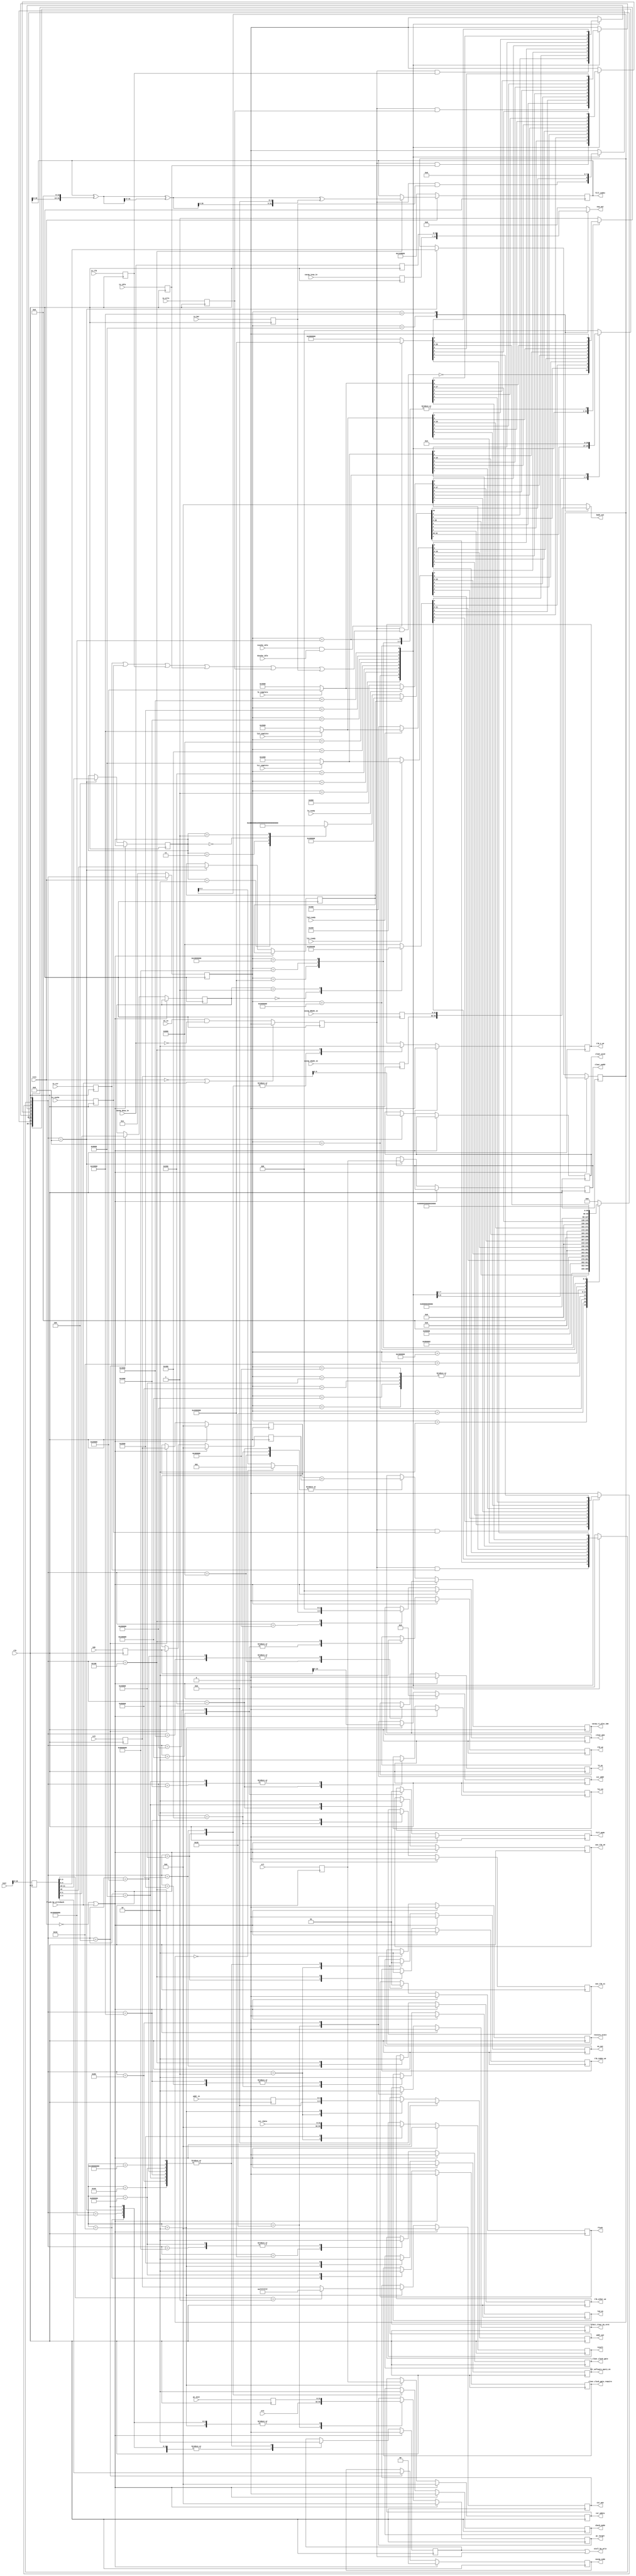
module exe_privliedged(
    input clk,
    input rstn,
    input flush_by_writeback,
    
    input en_in,
    input [31:0] pc_next,
    input is_csr,is_tlb,is_cache,is_idle,is_ertn,is_bar,
    input [31:0] inst,
    input [31:0] sr0,   //data from rj
    input [31:0] sr1,   //data from rk
    input [4:0] addr_in,
    input [31:0] imm,

    output reg en_out,
    output reg [31:0] pc_target,
    output reg flush,
    output stall_by_priv,
    output reg [31:0] result,
    output reg [4:0] addr_out,
    output reg [6:0] exp_out,
    output reg [31:0] badv_out,

    //CSR
    output reg csr_software_query_en,
    output reg [13:0] csr_addr,
    input [31:0] csr_rdata,//read first
    output reg [31:0] csr_wen,      //bit write enable
    output reg [31:0] csr_wdata,

    //ertn
    input [31:0] era,
    output reg restore_state,
    output reg llbit_clear_by_eret,

    //cache
    output reg [1:0] cacop_code,// code[4:3]
    output reg l1i_en,l1d_en,l2_en,
    input l1i_ready,l1d_ready,l2_ready,
    input l1i_complete,l1d_complete,l2_complete,
    output reg [31:0] cacop_rj_plus_imm,
    output reg use_tlb_s0,use_tlb_s1,
    input [6:0] cacop_dexp_in,
    input [6:0] cacop_iexp_in,
    input [31:0] cacop_dbadv_in,
    input [31:0] cacop_ibadv_in,

    //TLB
    output reg fill_mode,
    output reg check_mode,
    output reg tlb_we,
    output reg tlb_index_we,
    output reg tlb_e_we,
    output reg tlb_other_we,
    output reg [31:0] clear_vaddr,
    output reg [9:0] clear_asid,
    output reg [2:0] clear_mem,
    output reg [31:0] fill_index,

    //IDLE
    //进入
    output reg clear_clock_gate_require,//请求清除clock gate
    output reg clear_clock_gate,        //真正清除clock gate
    input icache_idle,dcache_idle
); 
    reg [31:0] fill_index_next;
    // Xorshift random number generator
    always @* begin
        fill_index_next = fill_index;
        fill_index_next = fill_index_next^(fill_index_next<<13);
        fill_index_next = fill_index_next^(fill_index_next>>17);
        fill_index_next = fill_index_next^(fill_index_next<<5);
    end
    localparam
        S_INIT      = 33'b000000000000000000000000000000001,
        S_CSR       = 33'b000000000000000000000000000000010,
        S_CACOP     = 33'b000000000000000000000000000000100,
        S_TLB       = 33'b000000000000000000000000000001000,
        S_IDLE      = 33'b000000000000000000000000000010000,
        S_ERTN      = 33'b000000000000000000000000000100000,
        S_DONE_CSR  = 33'b000000000000000000000000001000000,
        S_DONE_ERTN = 33'b000000000000000000000000010000000,
        S_DONE_TLB  = 33'b000000000000000000000000100000000,
        S_L1I_REQ   = 33'b000000000000000000000001000000000,
        S_L1D_REQ   = 33'b000000000000000000000010000000000,
        S_L2_REQ    = 33'b000000000000000000000100000000000,
        S_L1I_WAIT  = 33'b000000000000000000001000000000000,
        S_L1D_WAIT  = 33'b000000000000000000010000000000000,
        S_L2_WAIT   = 33'b000000000000000000100000000000000,
        S_DONE_L1I  = 33'b000000000000000001000000000000000,
        S_DONE_L1D  = 33'b000000000000000010000000000000000,
        S_DONE_L2   = 33'b000000000000000100000000000000000,
        S_TLB_SRCH  = 33'b000000000000001000000000000000000,
        S_TLB_RD    = 33'b000000000000010000000000000000000,
        S_TLB_WR    = 33'b000000000000100000000000000000000,
        S_TLB_FILL  = 33'b000000000001000000000000000000000,
        S_INVTLB    = 33'b000000000010000000000000000000000,
        S_DONE_IDLE = 33'b000000000100000000000000000000000,
        S_IDLE_WAIT1= 33'b000000001000000000000000000000000,
        S_IDLE_WAIT2= 33'b000000010000000000000000000000000,
        S_IDLE_PERF = 33'b000000100000000000000000000000000,
        S_IDLE_WAIT3= 33'b000001000000000000000000000000000,
        S_IDLE_WAIT4= 33'b000010000000000000000000000000000,
        S_BAR       = 33'b000100000000000000000000000000000,
        S_BAR_REQ  =  33'b001000000000000000000000000000000,
        S_BAR_WAIT =  33'b010000000000000000000000000000000,
        S_DONE_BAR  = 33'b100000000000000000000000000000000;
    reg [32:0] state,next_state;

    reg [6:0] cacop_dexp_buf,cacop_iexp_buf;
    reg [31:0] cacop_dbadv_buf,cacop_ibadv_buf;

    always @(posedge clk)
        cacop_dexp_buf <= cacop_dexp_in;
    always @(posedge clk)
        cacop_iexp_buf <= cacop_iexp_in;
    always @(posedge clk)
        cacop_dbadv_buf <= cacop_dbadv_in;
    always @(posedge clk)
        cacop_ibadv_buf <= cacop_ibadv_in;

    always @* 
        case(state)
        S_DONE_L1I: exp_out = cacop_iexp_buf;
        S_DONE_L1D: exp_out = cacop_dexp_buf;
        default : exp_out = 0;
        endcase
    
    always @* 
        case(state)
        S_DONE_L1I: badv_out = cacop_ibadv_buf;
        S_DONE_L1D: badv_out = cacop_dbadv_buf;
        default : badv_out = 0;
        endcase
    
    reg en_buf;
    reg [31:0] pc_next_buf;
    reg is_csr_buf,is_tlb_buf,is_cache_buf,is_idle_buf,is_ertn_buf,is_bar_buf;
    reg [31:0] inst_buf;
    reg [31:0] sr0_buf;   //data from rj
    reg [31:0] sr1_buf;   //data from rk
    reg [4:0] addr_buf;
    reg [31:0] imm_buf;
    reg stall_by_priv_internal;
    assign stall_by_priv = stall_by_priv_internal || en_buf;

    always @(posedge clk)
        if(~rstn||flush_by_writeback) en_buf<=0;
        else en_buf<=en_in&&cacop_dexp_in==0;
    
    always @(posedge clk)
        pc_next_buf<=pc_next;
    
    always @(posedge clk)
        {is_csr_buf,is_tlb_buf,is_cache_buf,is_idle_buf,is_ertn_buf,is_bar_buf} <= {is_csr,is_tlb,is_cache,is_idle,is_ertn,is_bar};
    
    always @(posedge clk)
        inst_buf<=inst;
    
    always @(posedge clk)
        sr0_buf<=sr0;
    
    always @(posedge clk)
        sr1_buf<=sr1;
    
    always @(posedge clk)
        addr_buf<=addr_in;
    
    always @(posedge clk)
        imm_buf<=imm;

    reg [1:0] which_cache;
    reg [0:0] inst_16;
    reg [1:0] inst_11_10;
    reg [4:0] inst_4_0;
    reg [31:0] sr0_save,imm_save;
    reg ibar_en, ibar_reset;

    always @(posedge clk)
        if(~rstn) state <= S_INIT;
        else state <= next_state;
    
    always @ * begin
        next_state = S_INIT;
        case(state)
        S_INIT: begin
            next_state = 0;
            next_state[$clog2(S_INIT)] = !(en_buf&&(is_csr_buf||is_cache_buf||is_tlb_buf||is_idle_buf||is_ertn_buf||is_bar_buf));
            next_state[$clog2(S_CSR)] = en_buf&&is_csr_buf;
            next_state[$clog2(S_CACOP)] = en_buf&&is_cache_buf;
            next_state[$clog2(S_TLB)] = en_buf&&is_tlb_buf;
            next_state[$clog2(S_IDLE)] = en_buf&&is_idle_buf;
            next_state[$clog2(S_ERTN)] = en_buf&&is_ertn_buf;
            next_state[$clog2(S_BAR)] = en_buf&&is_bar_buf;
        end
        S_CSR: next_state = S_DONE_CSR;
        S_ERTN: next_state = S_DONE_ERTN;
        S_TLB:
            if(inst_16) begin
                next_state = S_INVTLB;
            end else begin
                case(inst_11_10)
                2'b10: next_state = S_TLB_SRCH;
                2'b11: next_state = S_TLB_RD;
                2'b00: next_state = S_TLB_WR;
                2'b01: next_state = S_TLB_FILL;
                endcase
            end
        S_INVTLB, S_TLB_SRCH, S_TLB_RD, S_TLB_WR, S_TLB_FILL:
            next_state = S_DONE_TLB;
        S_CACOP: begin 
            case(which_cache)
            0: next_state = S_L1I_REQ;
            1: next_state = S_L1D_REQ;
            default: next_state = S_L2_REQ;
            endcase
        end
        S_L1I_REQ :next_state = l1i_ready?(l1i_complete?S_DONE_L1I:S_L1I_WAIT):S_L1I_REQ ;
        S_L1D_REQ :next_state = l1d_ready?(l1d_complete?S_DONE_L1D:S_L1D_WAIT):S_L1D_REQ ;
        S_L2_REQ  :next_state = l2_ready ?(l2_complete ?S_DONE_L2 :S_L2_WAIT ):S_L2_REQ  ;
        S_L1I_WAIT:next_state = l1i_complete? S_DONE_L1I:S_L1I_WAIT;
        S_L1D_WAIT:next_state = l1d_complete? S_DONE_L1D:S_L1D_WAIT;
        S_L2_WAIT :next_state = l2_complete ? S_DONE_L2 :S_L2_WAIT ;
        S_IDLE: next_state = S_IDLE_WAIT1;
        S_IDLE_WAIT1: next_state = S_IDLE_WAIT2;
        S_IDLE_WAIT2: next_state = icache_idle&&dcache_idle? S_IDLE_PERF:S_IDLE_WAIT2;
        S_IDLE_PERF: next_state = S_IDLE_WAIT3;
        S_IDLE_WAIT3: next_state = S_IDLE_WAIT4;
        S_IDLE_WAIT4: next_state = S_DONE_IDLE;
        S_BAR: next_state = S_DONE_BAR;
        S_DONE_CSR,S_DONE_ERTN,S_DONE_TLB,S_DONE_L1I,S_DONE_L1D,S_DONE_L2,S_DONE_IDLE,S_DONE_BAR:
            next_state = S_INIT;
        endcase
    end
    always @(posedge clk)
        if(~rstn)fill_index<=20220803;
        else if(next_state==S_DONE_TLB) fill_index <= fill_index_next;
    always @(posedge clk)
        if(!rstn||flush_by_writeback) begin
            en_out<=0;
            pc_target<=0;
            flush<=0;
            stall_by_priv_internal<=0;
            result<=0;
            addr_out<=0;
            csr_software_query_en<=0;
            csr_addr<=0;
            csr_wen<=0;
            csr_wdata<=0;
            restore_state<=0;
            fill_mode <= 0;
            check_mode <= 0;
            clear_mem <= 0;
            tlb_we <= 0;
            tlb_index_we <= 0;
            tlb_e_we <= 0;
            tlb_other_we <= 0;
            cacop_code <= 0;
            {l1i_en,l1d_en,l2_en} <= 0;
            sr0_save <= 0;
            imm_save <= 0;
            {use_tlb_s0,use_tlb_s1}<= 0;
            clear_clock_gate_require<=0;
            clear_clock_gate<=0;
            llbit_clear_by_eret<=0;
        end else case(next_state)
            S_INIT: begin
                en_out<=0;
                flush<=0;
                addr_out<=0;
                result <=0;
            end
            S_CSR: begin
                pc_target<=pc_next_buf;
                stall_by_priv_internal<=1;
                addr_out<=addr_buf;
                csr_software_query_en<=1;
                csr_addr<=imm_buf[13:0];
                csr_wen<=inst_buf[9:5]==1 ? 32'hFFFFFFFF:sr0_buf;
                csr_wdata<=sr1_buf;
            end
            S_DONE_CSR: begin
                en_out<=1;
                flush<=1;
                stall_by_priv_internal<=0;
                result<=csr_rdata;
                csr_software_query_en<=0;
            end
            S_TLB: begin
                stall_by_priv_internal<=1;
                pc_target<=pc_next_buf;
                inst_16 <= inst_buf[16];
                inst_11_10 <= inst_buf[11:10];
                inst_4_0 <= inst_buf[4:0];
                clear_asid <= sr0_buf[9:0];
                clear_vaddr <= sr1_buf;
            end
            S_TLB_SRCH: begin
                check_mode <= 1;
                tlb_index_we <= 1;
                tlb_e_we <= 1;
            end
            S_TLB_RD: begin
                check_mode <= 0;
                tlb_e_we <= 1;
                tlb_other_we <= 1;
            end
            S_TLB_WR: begin
                fill_mode <= 0;
                tlb_we <= 1;
            end
            S_TLB_FILL: begin
                fill_mode <= 1;
                tlb_we <= 1;
            end
            S_INVTLB: begin
                clear_mem <= inst_4_0==5'd0 ? 3'd1:inst_4_0[2:0];
            end
            S_ERTN: begin
                pc_target <= era;
                restore_state <= 1;
                stall_by_priv_internal<=1;
                llbit_clear_by_eret<=1;
            end
            S_DONE_ERTN: begin
                restore_state <= 0;
                en_out<=1;
                flush<=1;
                llbit_clear_by_eret<=0;
                stall_by_priv_internal<=0;
            end
            S_DONE_TLB: begin
                tlb_we <= 0;
                tlb_e_we <= 0;
                tlb_index_we <= 0;
                tlb_other_we <= 0;
                en_out<=1;
                stall_by_priv_internal<=0;
                flush <= 1;
                clear_mem <= 0;
            end
            S_CACOP: begin
                which_cache <= inst_buf[1:0];
                stall_by_priv_internal<=1;
                pc_target<=pc_next_buf;
                cacop_code <= inst_buf[4:3];
                sr0_save <= sr0_buf;
                imm_save <= imm_buf;
            end
            S_L1I_REQ: begin
                l1i_en <= 1;
                use_tlb_s0 <= 1;
                cacop_rj_plus_imm <= sr0_save+imm_save;
            end
            S_L1I_WAIT: begin
                l1i_en <= 0;
            end
            S_DONE_L1I: begin
                l1i_en <= 0;
                stall_by_priv_internal<=0;
                flush <= 1;
                use_tlb_s0 <= 0;
                en_out<=1;
            end
            S_L1D_REQ: begin
                l1d_en <= 1;
                use_tlb_s1 <= 1;
                cacop_rj_plus_imm <= sr0_save+imm_save;
            end
            S_L1D_WAIT: begin
                l1d_en <= 0;
            end
            S_DONE_L1D: begin
                l1d_en <= 0;
                stall_by_priv_internal<=0;
                flush <= 1;
                use_tlb_s1 <= 0;
                en_out<=1;
            end
            S_L2_REQ: begin
                l2_en <= 1;
                cacop_rj_plus_imm <= sr0_save+imm_save;
            end
            S_L2_WAIT: begin
                l2_en <= 0;
            end
            S_DONE_L2: begin
                l2_en <= 0;
                stall_by_priv_internal<=0;
                flush <= 1;
                en_out<=1;
            end
            S_IDLE: begin
                stall_by_priv_internal<=1;
                pc_target<=pc_next_buf;
                clear_clock_gate_require <= 1;
            end
            S_IDLE_WAIT1: begin

            end
            S_IDLE_WAIT2: begin

            end
            S_IDLE_PERF: begin
                clear_clock_gate <= 1;
            end
            S_IDLE_WAIT3: begin
                clear_clock_gate <= 0;
            end
            S_IDLE_WAIT4: begin
            end
            S_DONE_IDLE: begin
                clear_clock_gate_require <= 0;
                clear_clock_gate <= 0;
                stall_by_priv_internal<=0;
                flush <= 1;
                en_out<=1;
            end
            S_BAR: begin
                stall_by_priv_internal<=1;
                pc_target<=pc_next_buf;
            end
            S_DONE_BAR: begin
                stall_by_priv_internal<=0;
                flush <= 1;
                en_out<=1;
            end
        endcase
    // localparam
    //     I_IDLE = 4'b0001,
    //     I_REQ  = 4'b0010,
    //     I_WAIT = 4'b0100,
    //     I_DONE = 4'b1000;
    // localparam
    //     D_IDLE = 4'b0001,
    //     D_REQ  = 4'b0010,
    //     D_WAIT = 4'b0100,
    //     D_DONE = 4'b1000;
    // reg [3:0] i_crt, d_crt;
    // reg [3:0] i_nxt, d_nxt;
    // reg [7:0] 
    // always @(posedge clk) begin
    //     if(!rstn) begin
    //         i_crt <= I_IDLE;
    //         d_crt <= D_IDLE;
    //     end
    //     else begin
    //         i_crt <= i_nxt;
    //         d_crt <= d_nxt;
    //     end
    // end
    // always @(*) begin
    //     case(i_crt) 
    //     I_IDLE: begin
    //         if(ibar_en)     i_nxt = I_REQ;
    //         else            i_nxt = I_IDLE;
    //     end
    //     I_REQ: begin
    //         if(l1i_ready)   i_nxt = I_WAIT;
    //         else            i_nxt = I_REQ;
    //     end
    //     I_WAIT: begin
    //         if(l1i_complete)    i_nxt = I_DONE;
    //         else                i_nxt = I_WAIT;
    //     end
    //     I_DONE: begin
    //         if(ibar_reset)     i_nxt = I_IDLE;
    //         else                i_nxt = I_DONE;
    //     end
    //     endcase
    //     case(d_crt) 
    //     D_IDLE: begin
    //         if(ibar_en)     d_nxt = D_REQ;
    //         else            d_nxt = D_IDLE;
    //     end
    //     D_REQ: begin
    //         if(l1d_ready)   d_nxt = D_WAIT;
    //         else            d_nxt = D_REQ;
    //     end
    //     D_WAIT: begin
    //         if(l1d_complete)    d_nxt = D_DONE;
    //         else                d_nxt = D_WAIT;
    //     end
    //     D_DONE: begin
    //         if(ibar_reset)      d_nxt = D_IDLE;
    //         else                d_nxt = D_DONE;
    //     end
    //     endcase
    // end
    // always @(posedge clk) begin
    //     case(i_crt)
    //     I_REQ: 
    // end

endmodule